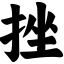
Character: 挫